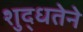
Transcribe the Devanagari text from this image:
शुद्धतेने